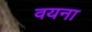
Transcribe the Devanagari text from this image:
वयना